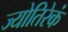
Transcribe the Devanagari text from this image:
ज्योतिरेकं